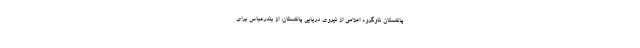
پاکستان ناوگروه اعزامی از نیروی دریایی پاکستان، از بندرعباس برای